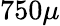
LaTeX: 750\mu